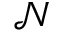
\mathcal { N }